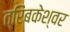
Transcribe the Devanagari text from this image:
त्रिंबकेश्वर